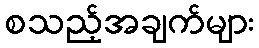
စသည့်အချက်များ